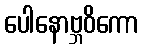
ပေါနောဗ္ဘဝိကော